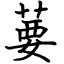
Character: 葽